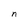
Character: n